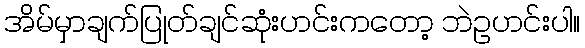
အိမ်မှာချက်ပြုတ်ချင်ဆုံးဟင်းကတော့ ဘဲဥဟင်းပါ။